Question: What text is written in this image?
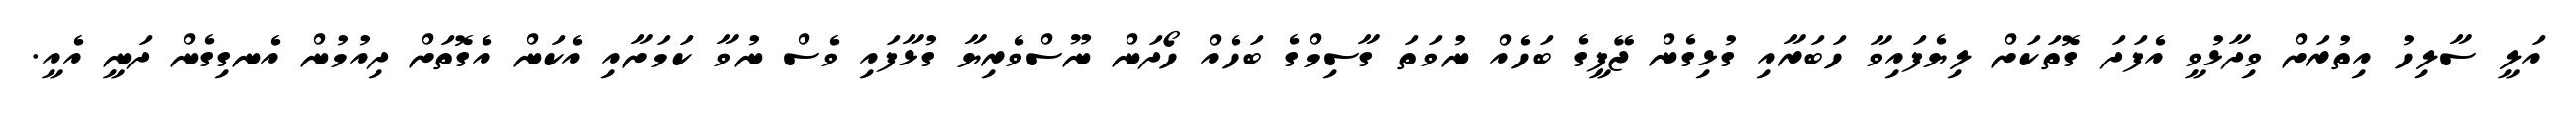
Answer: އަލީ ސާލިހު އިތުރަށް ވިދާޅުވީ އެފަދަ ގޮތަކަށް ލިޔެފައިވާ ހަބަރާއި ގުޅިގެން ޖޭޕީގެ ބަހެއް ނުވަތަ ގާސިމްގެ ބަހެއް ހޯދަން ނޫސްވެރިޔާ ގުޅާފައި ވެސް ނުވާ ކަމަށާއި އެކަން އެގޮތަށް ދިއުމުން އެނގިގެން ދަނީ އެއީ.